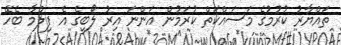
ތައްޔާރު ކުރުމުގެ މަސައްކަތް ކުރަމުން އަންނަ އިރު ލޯބީގެ އެ ފިލްމާ ބެހޭ